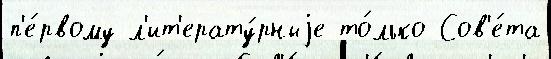
п'е́рвому л'ит'ерату́рныjе то́лько Сов'е́та